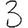
Digit: 3